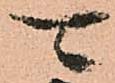
可